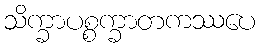
သိက္ခာပစ္စက္ခာတကဿပေ